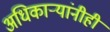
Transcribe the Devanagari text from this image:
अधिकार्‍यांनीही